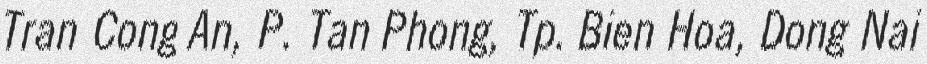
Tran Cong An, P. Tan Phong, Tp. Bien Hoa, Dong Nai